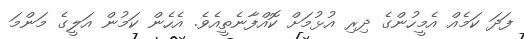
ފަދަ ކަމެއް އެމީހުންގެ ދިރި އުޅުމަށް ކޮއްފާނެތީއެވެ. އެހެން ކަމުން އަލީގެ މަންމަ